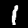
Label: 1